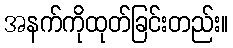
အနက်ကိုထုတ်ခြင်းတည်း။